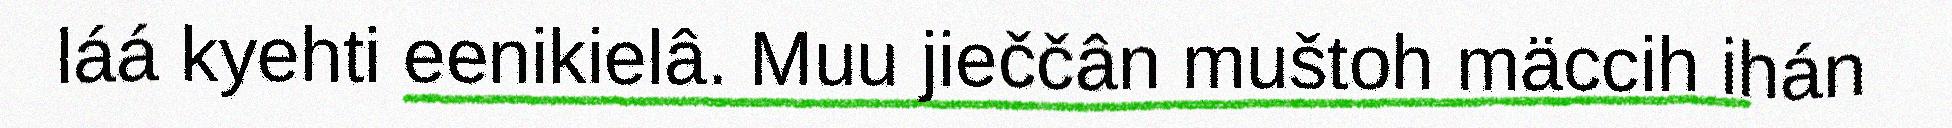
láá kyehti eenikielâ. Muu jieččân muštoh mäccih ihán